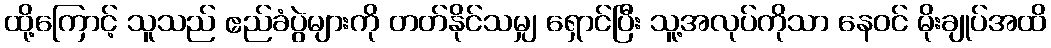
ထို့ကြောင့် သူသည် ဧည်ခံပွဲများကို တတ်နိုင်သမျှ ရှောင်ပြီး သူ့အလုပ်ကိုသာ နေဝင် မိုးချုပ်အထိ